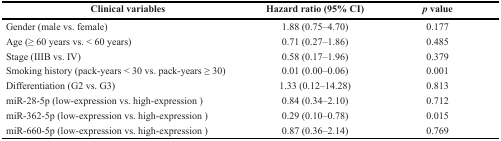
<table><thead><tr><td><b>Clinical variables</b></td><td><b>Hazard ratio (95% CI)</b></td><td><b><i>p</i> value</b></td></tr></thead><tbody><tr><td>Gender (male vs. female)</td><td>1.88 (0.75–4.70)</td><td>0.177</td></tr><tr><td>Age (≥ 60 years vs. &lt; 60 years)</td><td>0.71 (0.27–1.86)</td><td>0.485</td></tr><tr><td>Stage (IIIB vs. IV)</td><td>0.58 (0.17–1.96)</td><td>0.379</td></tr><tr><td>Smoking history (pack-years &lt; 30 vs. pack-years ≥ 30)</td><td>0.01 (0.00–0.06)</td><td>0.001</td></tr><tr><td>Differentiation (G2 vs. G3)</td><td>1.33 (0.12–14.28)</td><td>0.813</td></tr><tr><td>miR-28-5p (low-expression vs. high-expression )</td><td>0.84 (0.34–2.10)</td><td>0.712</td></tr><tr><td>miR-362-5p (low-expression vs. high-expression )</td><td>0.29 (0.10–0.78)</td><td>0.015</td></tr><tr><td>miR-660-5p (low-expression vs. high-expression )</td><td>0.87 (0.36–2.14)</td><td>0.769</td></tr></tbody></table>